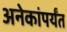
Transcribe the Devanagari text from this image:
अनेकांपर्यंत